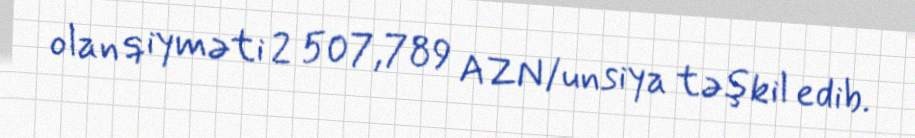
olan qiyməti 2 507,789 AZN/unsiya təşkil edib.